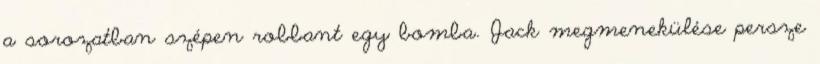
a sorozatban szépen robbant egy bomba. Jack megmenekülése persze